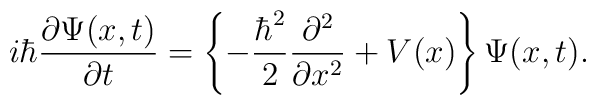
i\hbar \frac{\partial \Psi (x,t)}{\partial t}=  \left\{-\frac{\hbar^2}{2}\frac{\partial^2}{\partial x^2}+  V(x)\right\}\Psi(x,t).